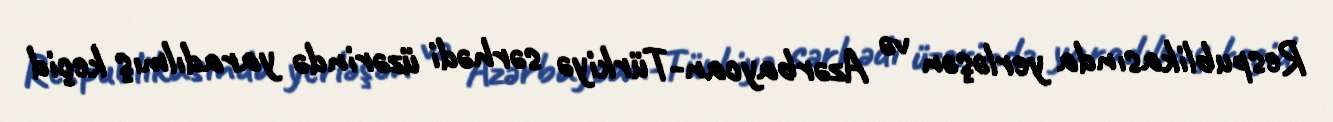
Respublikasında yerləşən və Azərbaycan-Türkiyə sərhədi üzərində yaradılmış keçid